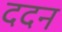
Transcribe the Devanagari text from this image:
ददन